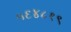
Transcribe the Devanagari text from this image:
५६४८१९